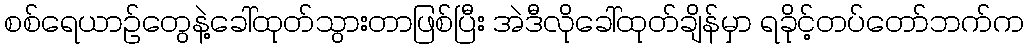
စစ်ရေယာဉ်တွေနဲ့ခေါ်ထုတ်သွားတာဖြစ်ပြီး အဲဒီလိုခေါ်ထုတ်ချိန်မှာ ရခိုင့်တပ်တော်ဘက်က